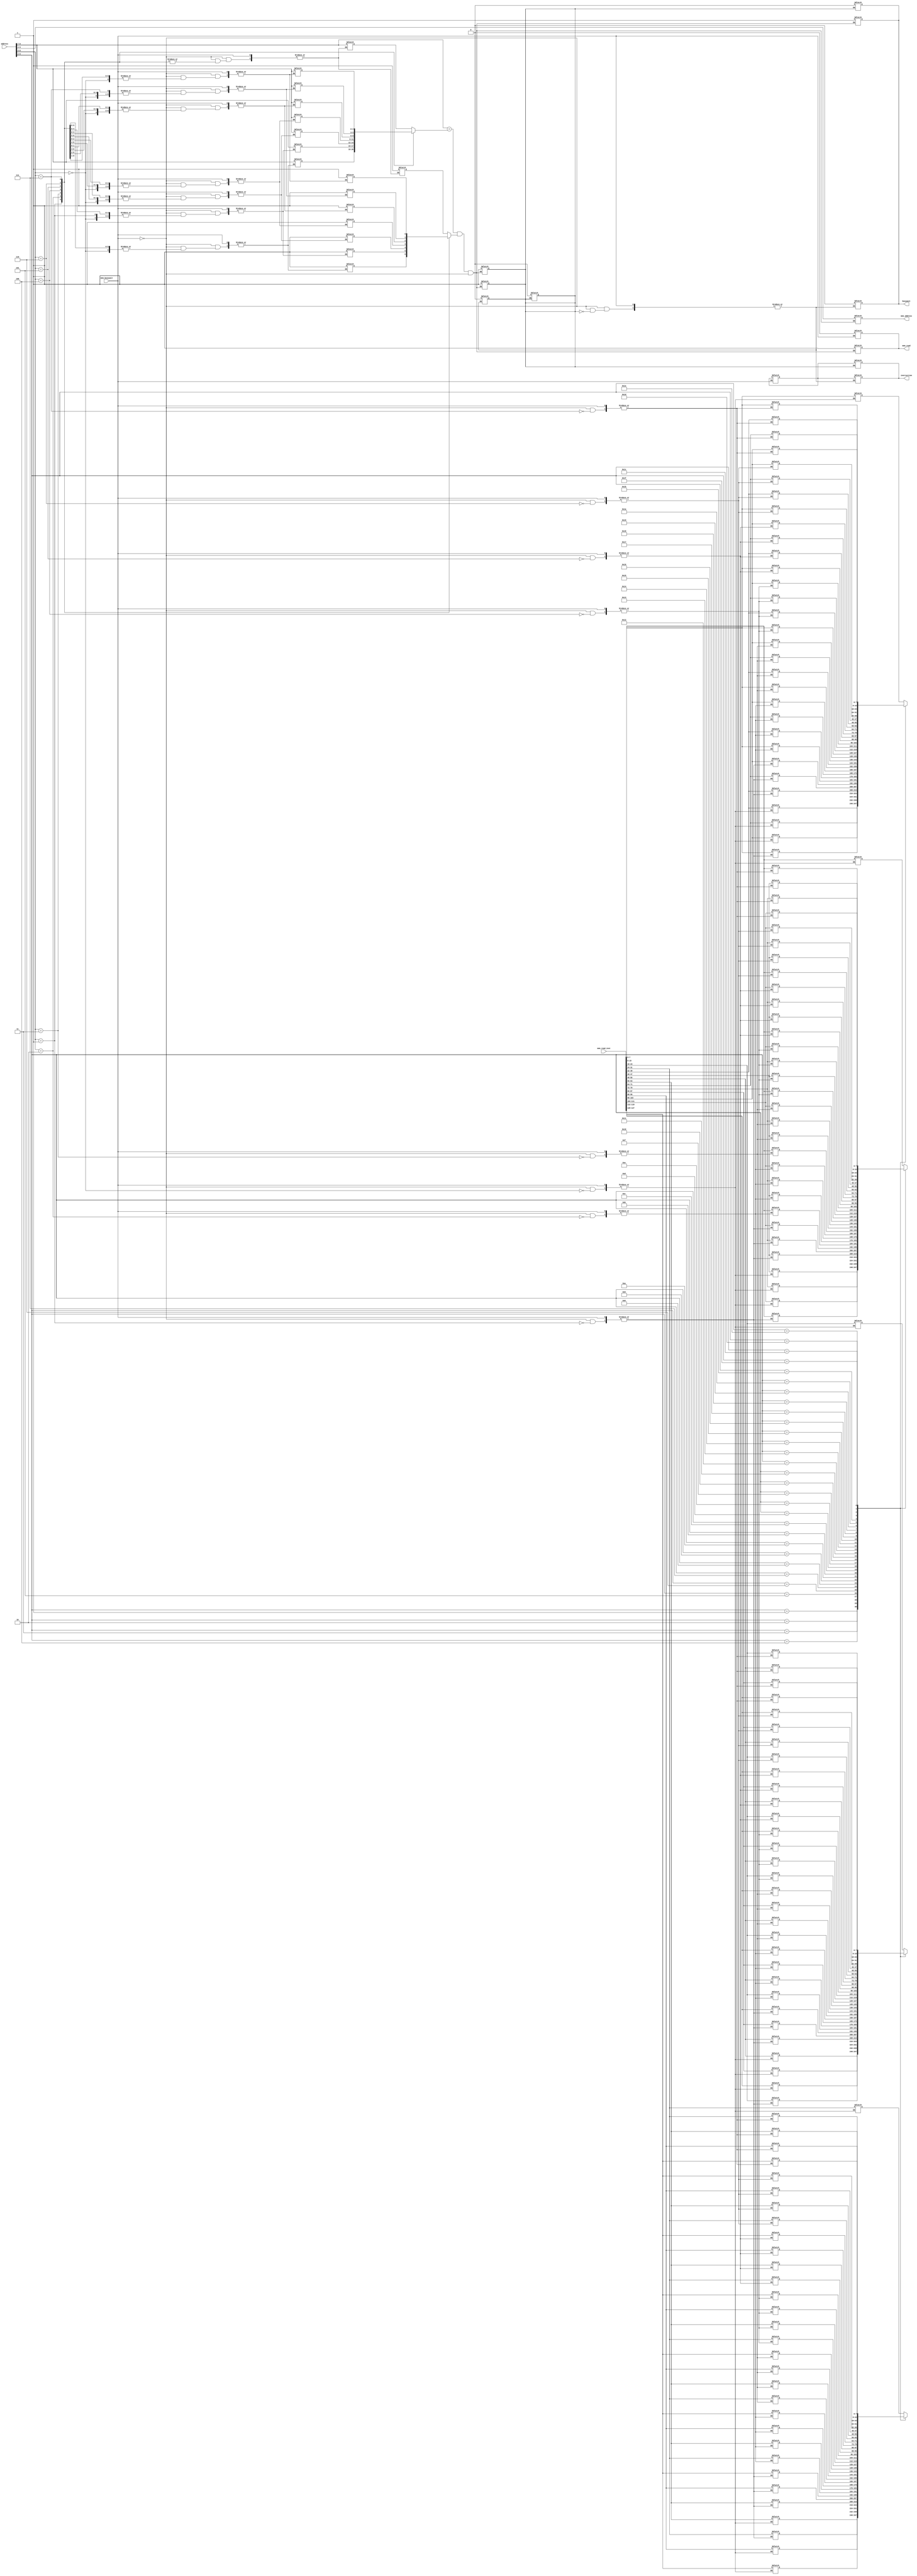
// Instruction cache module

`timescale  1ns/100ps

module instcache (busywait, instruction, address, mem_busywait, mem_read, mem_read_inst, mem_address);

	//Inputs and outputs
	//Ports connected to the CPU
	
	input [9:0] address;
	output reg [31:0] instruction;
	output reg [0:0] busywait;
	
	//Ports connected to the Instruction Memory 
	input mem_busywait;
	input [127:0] mem_read_inst;
	output reg [0:0] mem_read;
	output reg [5:0] mem_address;
	
	
	//////////////////////////////////////////////////////////////////////////////////////////////////////////////////////
	
	
	//Structure inside the Instruction Cache
	reg [7:0] INST_CACHE_ARRAY [127:0];	//128x8 bits
    reg [2:0] INST_TAG_ARRAY [7:0];
    reg [0:0] INST_VALID_BIT_ARRAY [7:0];
    
    reg [31:0] LOAD_CACHE_INST;
	
	//Components of the address of 10 bits
    reg [2:0] tag, index;
    reg [1:0] offset;
    
    //HIT signal
    reg [0:0] hit;
    
    
    
    
    //////////////////////////////////////////////////////////////////////////////////////////////////////////////////////
    
    
    
     //To generate the dump file
    integer i;
    initial
    begin
        $dumpfile("cpu_dump.vcd");
        for(i=0;i<128;i++)
            $dumpvars(1,INST_CACHE_ARRAY[i]);
        for(i=0;i<8;i++)
        begin
            $dumpvars(1,INST_TAG_ARRAY[i]);
            $dumpvars(1,INST_VALID_BIT_ARRAY[i]);
        end
    end
	
	
	//////////////////////////////////////////////////////////////////////////////////////////////////////////////////////
	
	
	//Breaking the address (from PC) into three components
    always @(address)
    begin
    	tag <= #1 address [9:7];	//3 bits
    	index <= #1 address [6:4];	//3 bits
    	offset <= #1 address [3:2];	//2 bits
    end
    
    
    
    //////////////////////////////////////////////////////////////////////////////////////////////////////////////////////
    
    
    //Tag comparison to generate the HIT signal before a memory read
    always @(tag, index, offset)
    begin
    	if((tag == INST_TAG_ARRAY[index])  &&  (INST_VALID_BIT_ARRAY[index])  && !mem_busywait )
    		begin
    		hit <= #0.9 1'b1;
    		
    		end
    	else
    		begin
    		#0.9;
    		busywait = 1'b1;
    		mem_read = 1'b1;            
            mem_address = {tag, index};           
            
            end
    	
    end
    
    
    //////////////////////////////////////////////////////////////////////////////////////////////////////////////////////
    
    
    
    
    //Tag comparison to generate the HIT signal after a memory read
    always @(mem_busywait)
    begin
    	#2;
        if ((tag == INST_TAG_ARRAY[index])  &&  (INST_VALID_BIT_ARRAY[index])  && !mem_busywait) 
        begin
            hit <= #0.9 1'b1;
        end
    	
    end
    
    
    
    
    //////////////////////////////////////////////////////////////////////////////////////////////////////////////////////
    
    
    //Read-hit 
    //Reading from the cache is done asynchronously
    always @(tag, index, offset)
    begin
    	
        #1 LOAD_CACHE_INST = {INST_CACHE_ARRAY[{index, offset, 2'b11}], INST_CACHE_ARRAY[{index, offset, 2'b10}], INST_CACHE_ARRAY[{index, offset, 2'b01}],INST_CACHE_ARRAY[{index, offset, 2'b00}]}; //Tag comparison delay may overlap with this delay
        
        if(hit)                                                  
        begin                                                  
            instruction = LOAD_CACHE_INST;
            busywait = 1'b0;
            hit = 1'b0;
            
        end
        
      
    end
    
    
    
    //////////////////////////////////////////////////////////////////////////////////////////////////////////////////////
    
    //Read-miss
    //Reading from the cache after updating
    always @(mem_busywait) 
    begin
        if(!mem_busywait) //not necessary
        begin
        	mem_read = 1'b0; //to set the mem_read to 0 after a memory read
            #3 LOAD_CACHE_INST = {INST_CACHE_ARRAY[{index, offset, 2'b11}], INST_CACHE_ARRAY[{index, offset, 2'b10}], INST_CACHE_ARRAY[{index, offset, 2'b01}],INST_CACHE_ARRAY[{index, offset, 2'b00}]};//tag comparison delay may overlap with this delay
            
            if(hit)                                                   
            begin                                                  
                instruction = LOAD_CACHE_INST;
            	busywait = 1'b0;
            	hit = 1'b0;
            end
        end
    end
    
   
    
    
    //////////////////////////////////////////////////////////////////////////////////////////////////////////////////////
    
    
    
    //To write to the cache after a memory read
    always @(mem_busywait)
    begin
        if(!mem_busywait)
        begin
            {INST_CACHE_ARRAY[{index, 4'b0011}], INST_CACHE_ARRAY[{index, 4'b0010}], INST_CACHE_ARRAY[{index, 4'b0001}], INST_CACHE_ARRAY[{index, 4'b0000}]} <= #1 mem_read_inst[31:0];
            {INST_CACHE_ARRAY[{index, 4'b0111}], INST_CACHE_ARRAY[{index, 4'b0110}], INST_CACHE_ARRAY[{index, 4'b0101}], INST_CACHE_ARRAY[{index, 4'b0100}]} <= #1 mem_read_inst[63:32];
            {INST_CACHE_ARRAY[{index, 4'b1011}], INST_CACHE_ARRAY[{index, 4'b1010}], INST_CACHE_ARRAY[{index, 4'b1001}], INST_CACHE_ARRAY[{index, 4'b1000}]} <= #1 mem_read_inst[95:64];
            {INST_CACHE_ARRAY[{index, 4'b1111}], INST_CACHE_ARRAY[{index, 4'b1110}], INST_CACHE_ARRAY[{index, 4'b1101}], INST_CACHE_ARRAY[{index, 4'b1100}]} <= #1 mem_read_inst[127:96];

            INST_VALID_BIT_ARRAY[index] = 1'b1;
            INST_TAG_ARRAY[index] = tag;	
            
          
        end
        

    end
    
    
      
    

endmodule